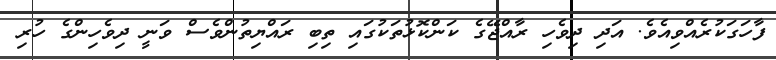
ފާހަގަކުރެއްވިއެވެ. އަދި ދިވެހި ރާއްޖޭގެ ކަންކޮޅުތަކުގައި ތިބި ރައްޔިތުންވެސް ވަނީ ދިވެހިންގެ ހުރި